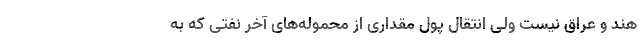
هند و عراق نیست ولی انتقال پول مقداری از محموله‌های آخر نفتی که به